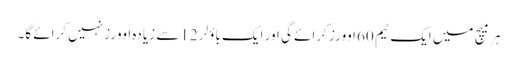
ہر میچ میں ایک ٹیم 60 اوورز کرائے گی اور ایک باؤلر 12 سے زیادہ اوورز نہیں کرائے گا۔